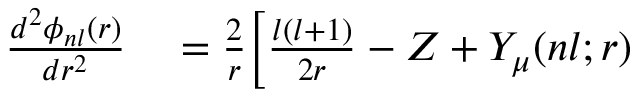
\begin{array} { r l } { \frac { d ^ { 2 } \phi _ { n l } ( r ) } { d r ^ { 2 } } } & { { } = \frac { 2 } { r } \bigg [ \frac { l ( l + 1 ) } { 2 r } - Z + Y _ { \mu } ( n l ; r ) } \end{array}